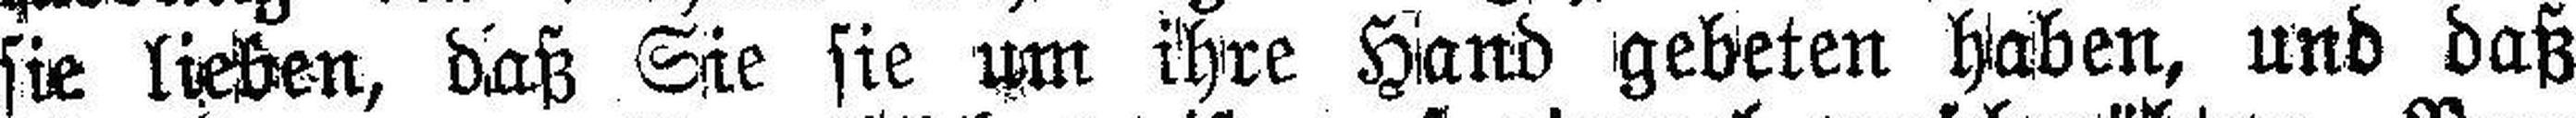
sie lieben, daß Sie sie um ihre Hand gebeten haben, und daß